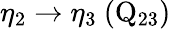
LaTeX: \eta_{2}\rightarrow\eta_{3}~(\mathrm{Q_{23}})